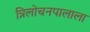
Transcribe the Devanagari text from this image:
त्रिलोचनपालाला